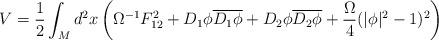
LaTeX: \begin{align*}V=\frac{1}{2}\int_{M} d^{2}x \left(\Omega^{-1}F_{12}^{2}+D_{1}\phi\overline{D_{1}\phi}+D_{2}\phi\overline{D_{2}\phi}+\frac{\Omega}{4}(|\phi|^{2}-1)^{2}\right)\end{align*}